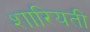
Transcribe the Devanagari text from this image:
शारियती